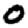
Digit: 0